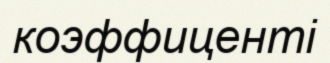
коэффиценті